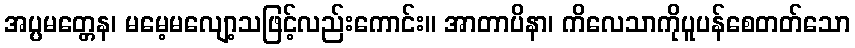
အပ္ပမတ္တေန၊ မမေ့မလျော့သဖြင့်လည်းကောင်း။ အာတာပိနာ၊ ကိလေသာကိုပူပန်စေတတ်သော